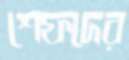
শেফদের